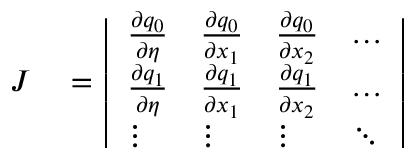
\begin{array} { r l } { J } & { { } = \left| \begin{array} { l l l l } { \frac { \partial q _ { 0 } } { \partial \eta } } & { \frac { \partial q _ { 0 } } { \partial x _ { 1 } } } & { \frac { \partial q _ { 0 } } { \partial x _ { 2 } } } & { \dots } \\ { \frac { \partial q _ { 1 } } { \partial \eta } } & { \frac { \partial q _ { 1 } } { \partial x _ { 1 } } } & { \frac { \partial q _ { 1 } } { \partial x _ { 2 } } } & { \dots } \\ { \vdots } & { \vdots } & { \vdots } & { \ddots } \end{array} \right| } \end{array}